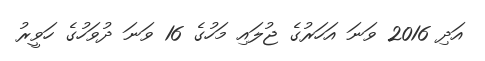
އަދި 2016 ވަނަ އަހަރުގެ ޖުލައި މަހުގެ 16 ވަނަ ދުވަހުގެ ހަވީރު